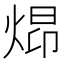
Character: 𪸺